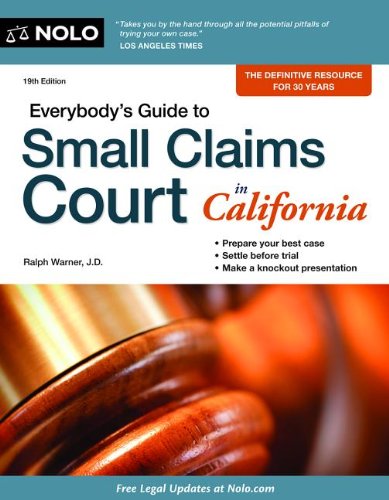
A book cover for Everybody's Guide to Small Claims Court in California (Everybody's Guide to Small Claims Court. California Edition); Ralph Warner Attorney; Law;